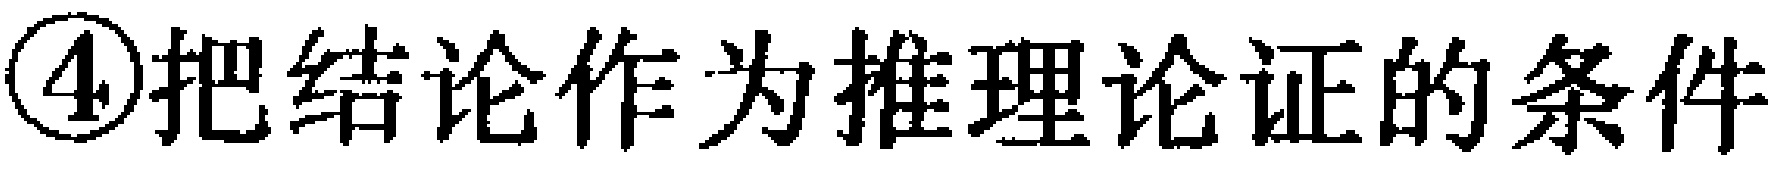
\textcircled{4}把结论作为推理论证的条件